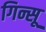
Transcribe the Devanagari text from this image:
गिन्सू